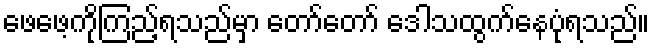
ဖေဖေ့ကိုကြည့်ရသည်မှာ တော်တော် ဒေါသထွက်နေပုံရသည်။